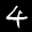
Label: 4